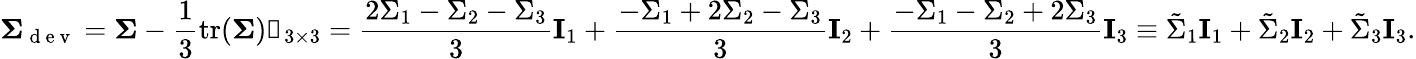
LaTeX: \mathbf{\Sigma}_{\mathrm{~d~e~v~}}=\mathbf{\Sigma}-\frac{1}{3}\mathrm{tr}(\mathbf{\Sigma})\mathbb{1}_{3\times 3}=\frac{2\Sigma_{1}-\Sigma_{2}-\Sigma_{3}}{3}\mathbf{I}_{1}+\frac{-\Sigma_{1}+2\Sigma_{2}-\Sigma_{3}}{3}\mathbf{I}_{2}+\frac{-\Sigma_{1}-\Sigma_{2}+2\Sigma_{3}}{3}\mathbf{I}_{3}\equiv\tilde{\Sigma}_{1}\mathbf{I}_{1}+\tilde{\Sigma}_{2}\mathbf{I}_{2}+\tilde{\Sigma}_{3}\mathbf{I}_{3}.